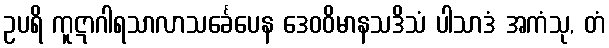
ဥပရိ ကူဋာဂါရသာလာသင်္ခေပေန ဒေဝဝိမာနသဒိသံ ပါသာဒံ အကံသု, တံ